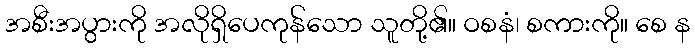
အစီးအပွားကို အလိုရှိပေကုန်သော သူတို့၏။ ဝစနံ၊ စကားကို။ စေ န